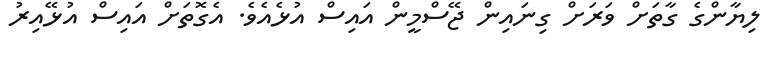
ލިޔާންގެ ގާތަށް ވަރަށް ގިނައިން ޖޭސްމީން އައިސް އުޅެއެވެ. އެގޮތަށް އައިސް އުޅޭއިރު